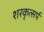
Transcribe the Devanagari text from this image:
शरकृत्‍सर्प